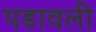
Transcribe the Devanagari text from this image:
पडावली